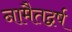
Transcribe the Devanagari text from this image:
नामैतद्वर्ष